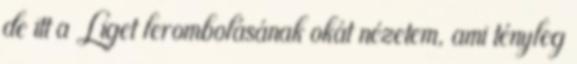
de itt a Liget lerombolásának okát nézetem, ami tényleg